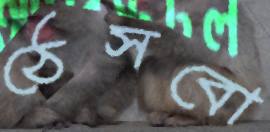
ঠেসবো